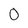
Character: O